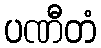
ပဏီတံ